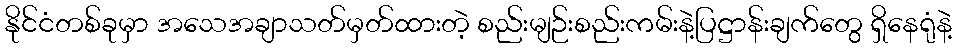
နိုင်ငံတစ်ခုမှာ အသေအချာသတ်မှတ်ထားတဲ့ စည်းမျဉ်းစည်းကမ်းနဲ့ပြဋ္ဌာန်းချက်တွေ ရှိနေရုံနဲ့